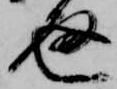
通